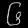
Digit: ၆